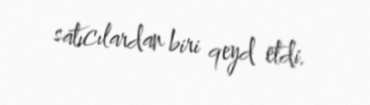
satıcılardan biri qeyd etdi.